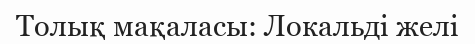
Толық мақаласы: Локальді желі